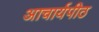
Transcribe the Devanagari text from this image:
अाचार्यपीठ